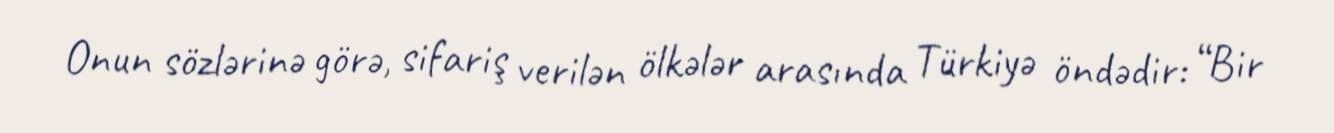
Onun sözlərinə görə, sifariş verilən ölkələr arasında Türkiyə öndədir: “Bir